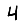
Digit: 4